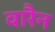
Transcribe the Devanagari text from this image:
वारैन